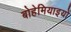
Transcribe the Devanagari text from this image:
बोहेमियाइयों